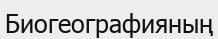
Биогеографияның